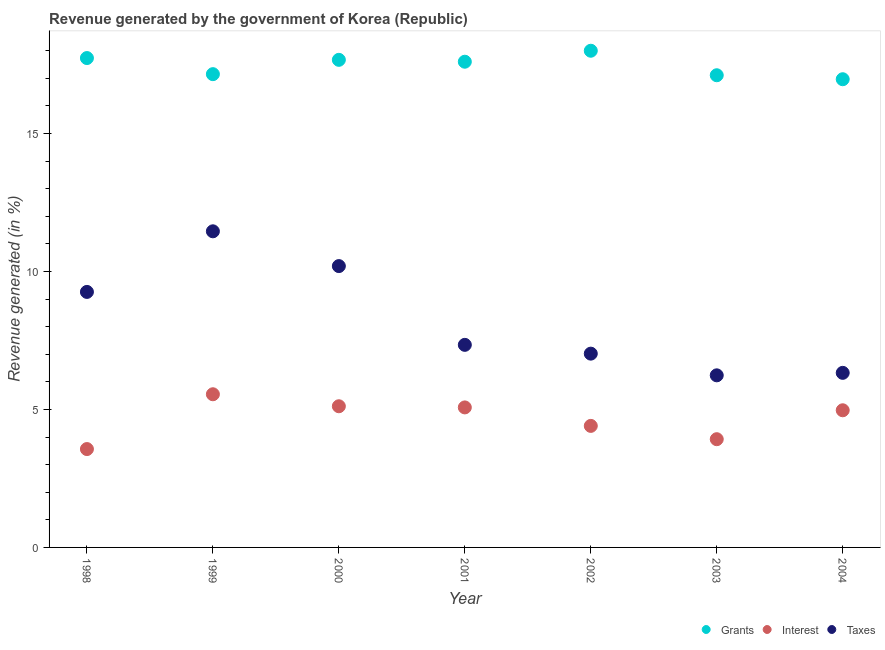
| Year | Grants | Interest | Taxes |
 | --- | --- | --- | --- |
 | 1998 | 17.7 | 3.56 | 9.26 |
 | 1999 | 17.2 | 5.55 | 11.5 |
 | 2000 | 17.7 | 5.12 | 10.2 |
 | 2001 | 17.6 | 5.07 | 7.34 |
 | 2002 | 18 | 4.4 | 7.02 |
 | 2003 | 17.1 | 3.92 | 6.24 |
 | 2004 | 17 | 4.97 | 6.33 |